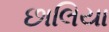
છાલિયા